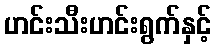
ဟင်းသီးဟင်းရွက်နှင့်